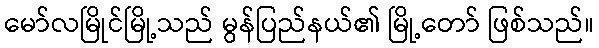
မော်လမြိုင်မြို့သည် မွန်ပြည်နယ်၏ မြို့တော် ဖြစ်သည်။